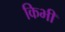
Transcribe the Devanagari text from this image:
किभी